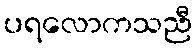
ပရလောကသညီ